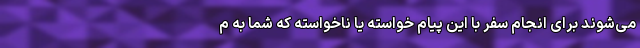
می‌شوند برای انجام سفر با این پیام خواسته یا ناخواسته که شما به م